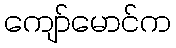
ကျော်မောင်က